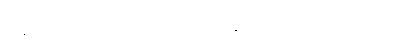
ခြေထောက်တွေဖောလာတာ၊ မျက်နှာတွေအန်းလာတာတွေပါ။